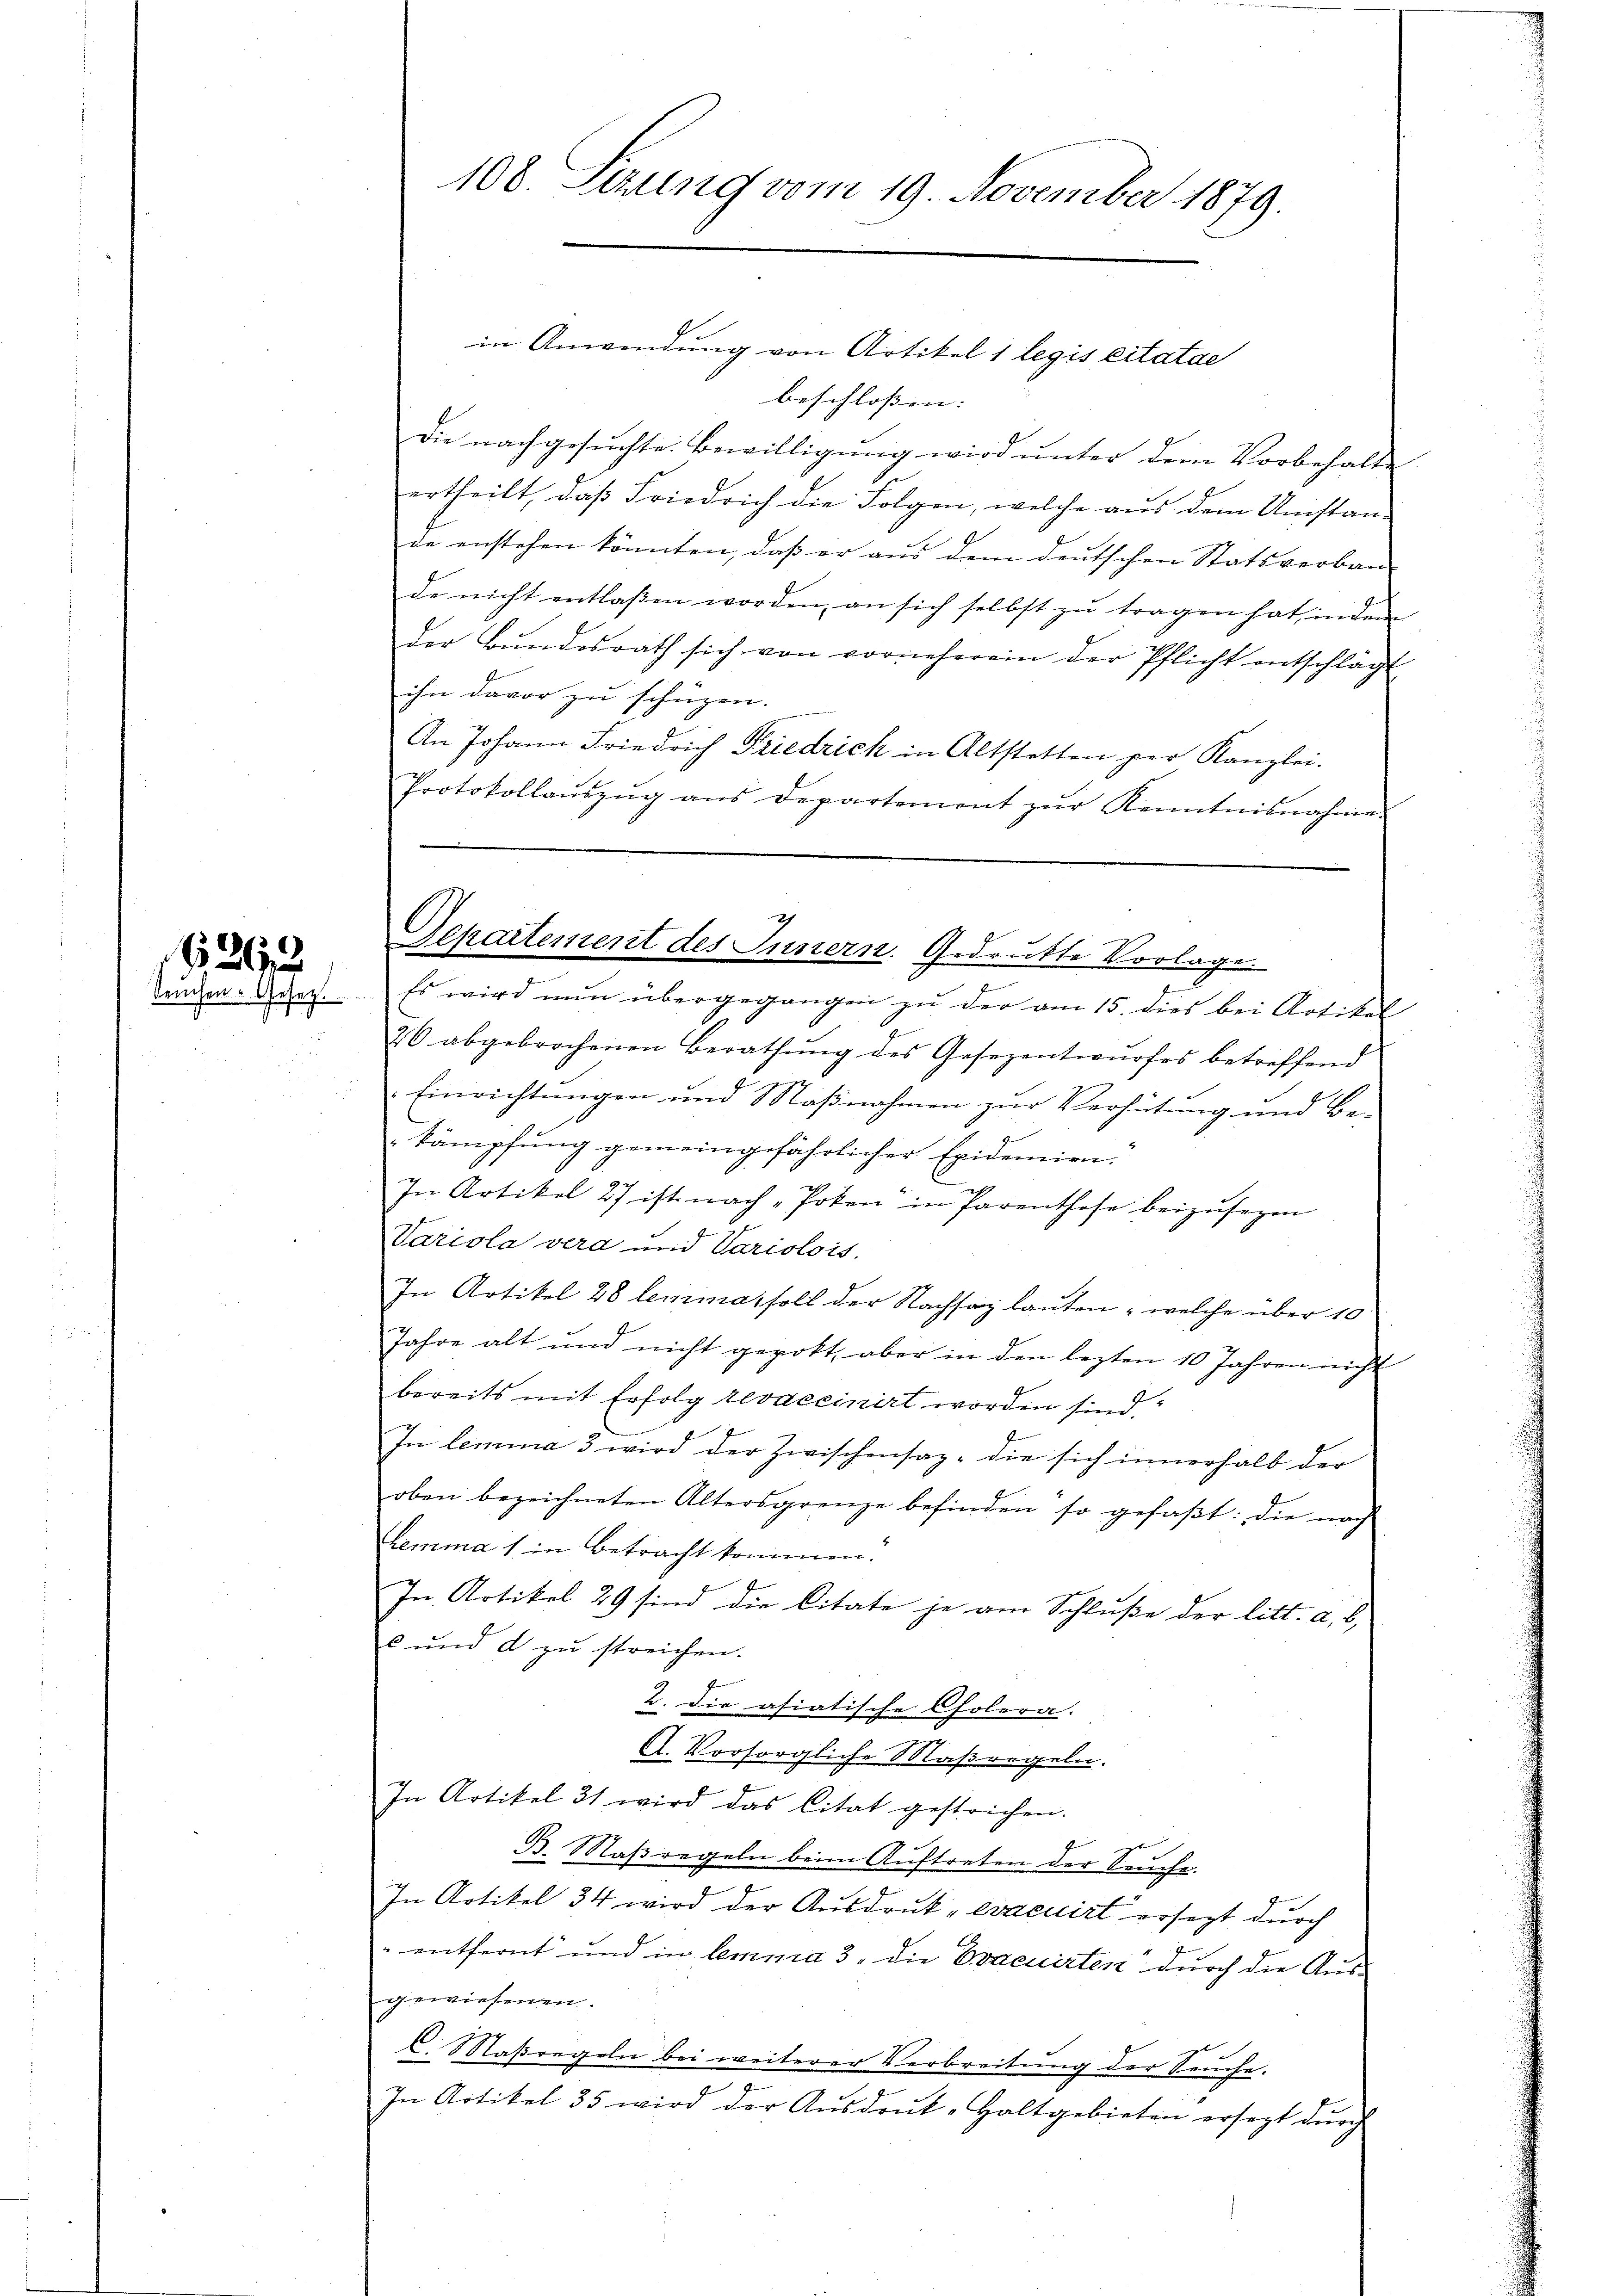
11263

in Anwendung von Artikel 1 legis citatae
beschlossen:
Die nachgesuchte Bewilligung wird unter dem Vorbehalte
ertheilt, daß Friedrich die Folgen, welche aus dem Umstan-
4
de anstehen könnten, daß er aus dem deutschen Statsverban-
de nicht entlassen worden, an sich selbst zŭ tragen hat, indem
der Bŭndesrath sich von vorneherein der Pflicht entschlägt
ihn davor zu schüzen.
An Johann Friedrich Friedrich in Altstetten per Kanzlei.
Protokollauszug aus Departement zur Kenntnisnahme.

108. Sezung vom 19. November 1879.

machen Gesez. Es wird nun übergegangen zu der am 15. dies bei Artikel
26 abgebrochenen Berathŭng des Gesezentwŭrfes betreffend
Einrichtungen und Maßnahmen zur Verhütung und Be-
kämpfung gemeingefährlicher Epidemien.
.
In Artikel 27 ist nach „Poken" in Parenthofe beizusegen
Variola vera und Variolois,
In Artikel 28 lemmas soll der Nachsaz lauten , welche über 10
Jahre alt und nicht gepokt, aber in den lezten 10 Jahren nicht
d
bereits mit Erfolg revaccinirt worden sind.
u
In lemma 3 wird der Zwischensaz, die sich innerhalb der
oben bezeichneten Altersgrenze befinden so gefaßt: die nach
Lemma 1 in Betracht kommen.
In Artikel 29 sind die Citate je am Schluße der litt. a, b,
c und d zu streichen.
f
2. Die asiatische Cholera-
.
A. Vorsorgliche Maßregeln.
In Artikel 31 wird das Citat gestrichen.
B. Maßregeln beim Auftreten der Seuche.
In Artikel 34 wird der Ausdruck „evacuirt ersezt durch
 entfernt und in lemma 3. die Ovacuirten durch die Ausgewiesenen.
C. Maßregeln bei weiterer Verbreitung der Seuche.
In Artikel 35 wird der Aŭsdrŭk-Haltgebieten ersezt dŭrch

z
Departement des Innern. Gedrukte Vorlage.